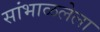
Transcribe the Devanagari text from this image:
सांभाळलेला